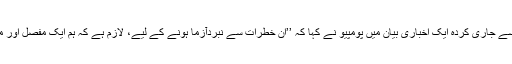
محکمہ خارجہ کی جانب سے جاری کردہ ایک اخباری بیان میں پومپیو نے کہا کہ ’’ان خطرات سے نبردآزما ہونے کے لیے، لازم ہے کہ ہم ایک مفصل اور مربوط طریقہ کار اپنائیں‘‘۔